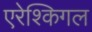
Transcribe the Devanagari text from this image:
एरेश्किगल